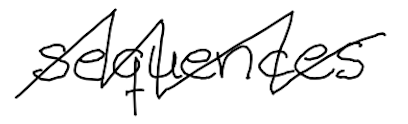
Text: sequences
Cross-out: zig-zag
Writing tool: digital_black